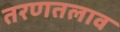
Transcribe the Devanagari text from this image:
तरणतलाव